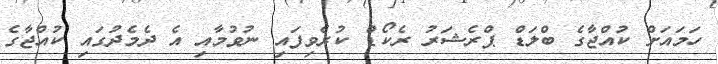
ހަމައަށް ކުއްޖާގެ ބްލަޑް ޕްރެޝަރު ރެކޯޑް ކުރެވިފައި ނުވުމާއި އެ ދެމެދުގައި ކުއްޖާގެ